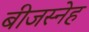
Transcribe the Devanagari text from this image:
बीजस्नेह